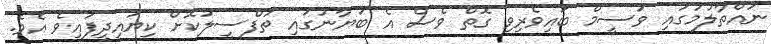
ނައްތާލުމުގައި ވަސީމް ބައިވެރިވި ގޮތް ވެސް އެ ބަޔާނުގައި ތަފްސީލުކޮށް ކިޔައިދީފައިވެ އެވެ.